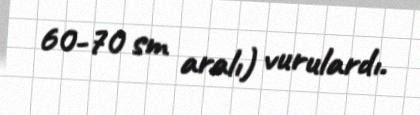
60-70 sm aralı) vurulardı.